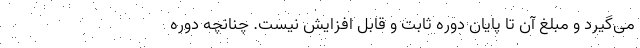
می‌گیرد و مبلغ آن تا پایان دوره ثابت و قابل افزایش نیست. چنانچه دوره